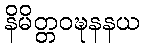
နိမိတ္တဝဍ္ဎနနယ